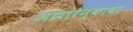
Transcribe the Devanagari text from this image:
अझारेन्कावर